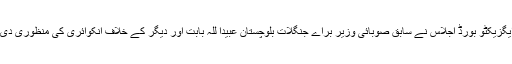
ایگزیکٹو بورڈ اجلاس نے سابق صوبائی وزیر براے جنگلات بلوچستان عبیدا للہ بابت اور دیگر کے خلاف انکوائری کی منظوری دی۔